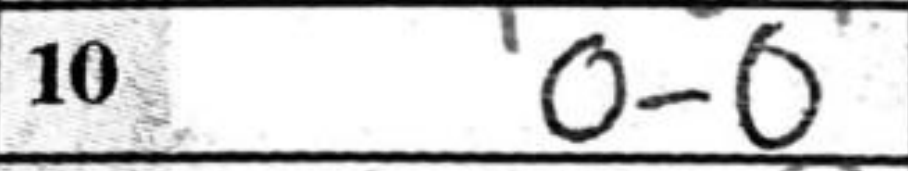
Transcription: O-O